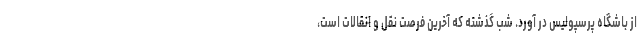
از باشگاه پرسپولیس در آورد. شب گذشته که آخرین فرصت نقل و انقالات است،